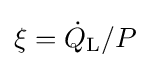
\xi ={\dot {Q}}_{\text{L}}/P